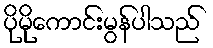
ပိုမိုကောင်းမွန်ပါသည်